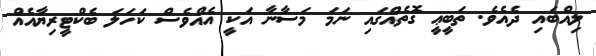
ލިއްބައި ދެއެވެ. ތަބީޢީ ގޮތެއްގައި ނަމަ މަސާނާ އަކީ އެއްވެސް ކަހަލަ ބެކްޓީރިޔާއެއް